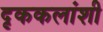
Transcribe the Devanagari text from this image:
दृककलांशी